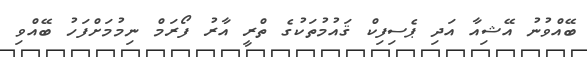
ބޭއްވުނު އޭޝިއާ އަދި ޕެސިފިކް ޤައުމުތަކުގެ ތްރީ އާރު ފޯރަމް ނިމުމަށްފަހު ބޭއްވި